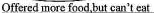
Offered more food,but can't eat